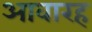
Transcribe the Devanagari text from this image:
आवारह